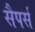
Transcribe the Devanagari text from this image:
सैपर्स